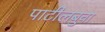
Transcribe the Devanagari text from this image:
पाटीलबुवा